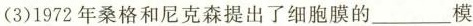
(3)1972年桑格和尼克森提出了细胞膜的___模